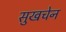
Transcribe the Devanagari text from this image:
सुखचेन